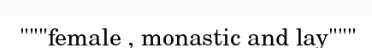
"""female , monastic and lay"""